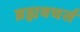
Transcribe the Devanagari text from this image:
ब्रह्मवचर्स